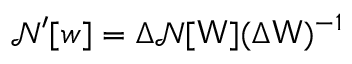
\mathcal { N ^ { \prime } } [ \boldsymbol { w } ] = \Delta \mathcal { N } [ \mathsf { W } ] ( \Delta \mathsf { W } ) ^ { - 1 }